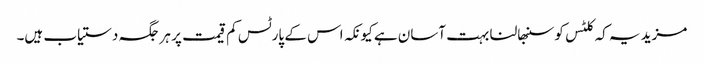
مزید یہ کہ کلٹس کو سنبھالنا بہت آسان ہے کیونکہ اس کے پارٹس کم قیمت پر ہر جگہ دستیاب ہیں۔